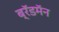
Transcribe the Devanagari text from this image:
ब्रॅडमॅन